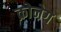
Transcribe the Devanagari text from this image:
क्रोनेग